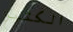
الكثير